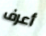
أعرف